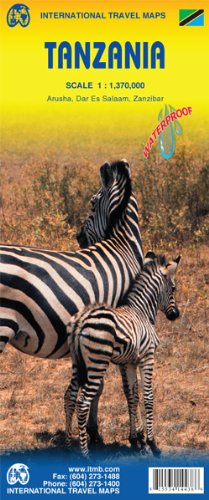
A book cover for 1. Tanzania Travel Reference Map 1:1,370,000; ITMB Canada; Travel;